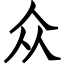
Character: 众